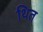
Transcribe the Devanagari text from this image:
थित